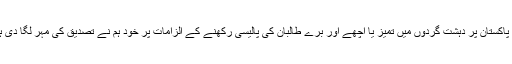
اور پاکستان پر دہشت گردوں میں تمیز یا اچھے اور برے طالبان کی پالیسی رکھنے کے الزامات پر خود ہم نے تصدیق کی مہر لگا دی ہے۔